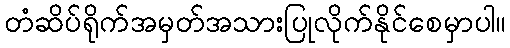
တံဆိပ်ရိုက်အမှတ်အသားပြုလိုက်နိုင်စေမှာပါ။